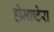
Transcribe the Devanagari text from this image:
होमाप्टेरा